Civil Veterinary Dept. Bombay admin report 1914-1922 - 1914-1922
Year: 1914
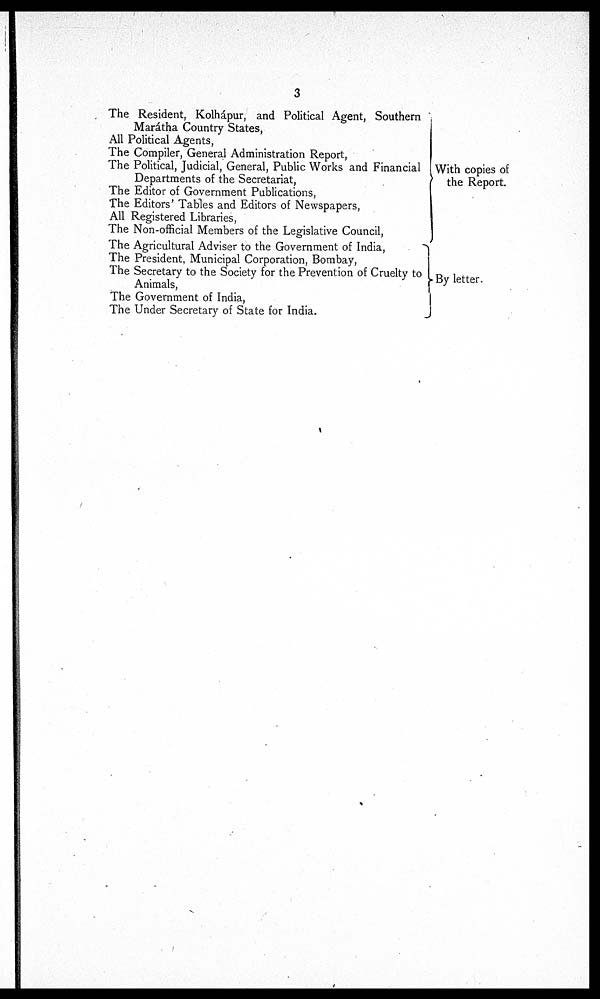
3
The Resident, Kolhápur, and Political Agent, Southern
Marátha Country States,
All Political Agents,
The Compiler, General Administration Report,
The Political, Judicial, General, Public Works and Financial
Departments of the Secretariat,
The Editor of Government Publications,
The Editors' Tables and Editors of Newspapers,
All Registered Libraries,
The Non-official Members of the Legislative Council,
The Agricultural Adviser to the Government of India,
The President, Municipal Corporation, Bombay,
The Secretary to the Society for the Prevention of Cruelty to
Animals,
The Government of India,
The Under Secretary of State for India.
With copies of
the Report.
By letter.